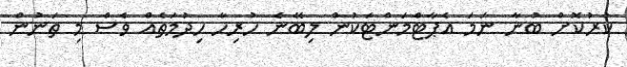
ކުރުކޮށް ބުނާ ނަމަ އެޕާޓްމަންޓަކުން ލިބޭނެ ހުރިހާ ހިދުމަތެއް ވެސް މި ތަނުން